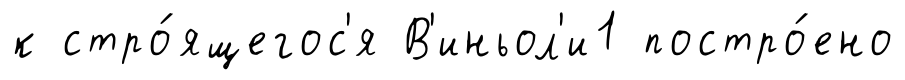
к стро́ящегос'я В'иньол'и1 постро́ено